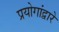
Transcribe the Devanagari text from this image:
प्रयोगांद्वारे